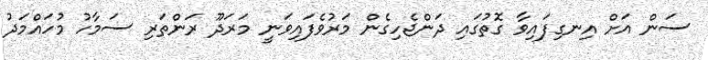
ސަން އަށް އިނގިފައިވާ ގޮތުގައި ދަންޖެހިގެން މަރުވެފައިވަނީ މަރަދޫ ރަންތަރި ސަމާހު މުހައްމަދު